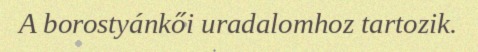
A borostyánkői uradalomhoz tartozik.